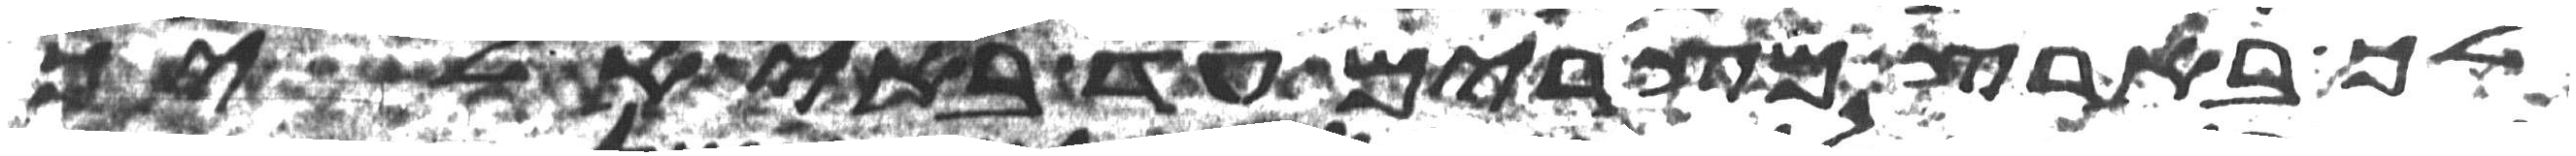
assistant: לך בארץ מצרים עד באי אליך